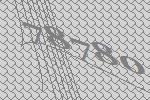
78780